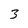
Character: 3